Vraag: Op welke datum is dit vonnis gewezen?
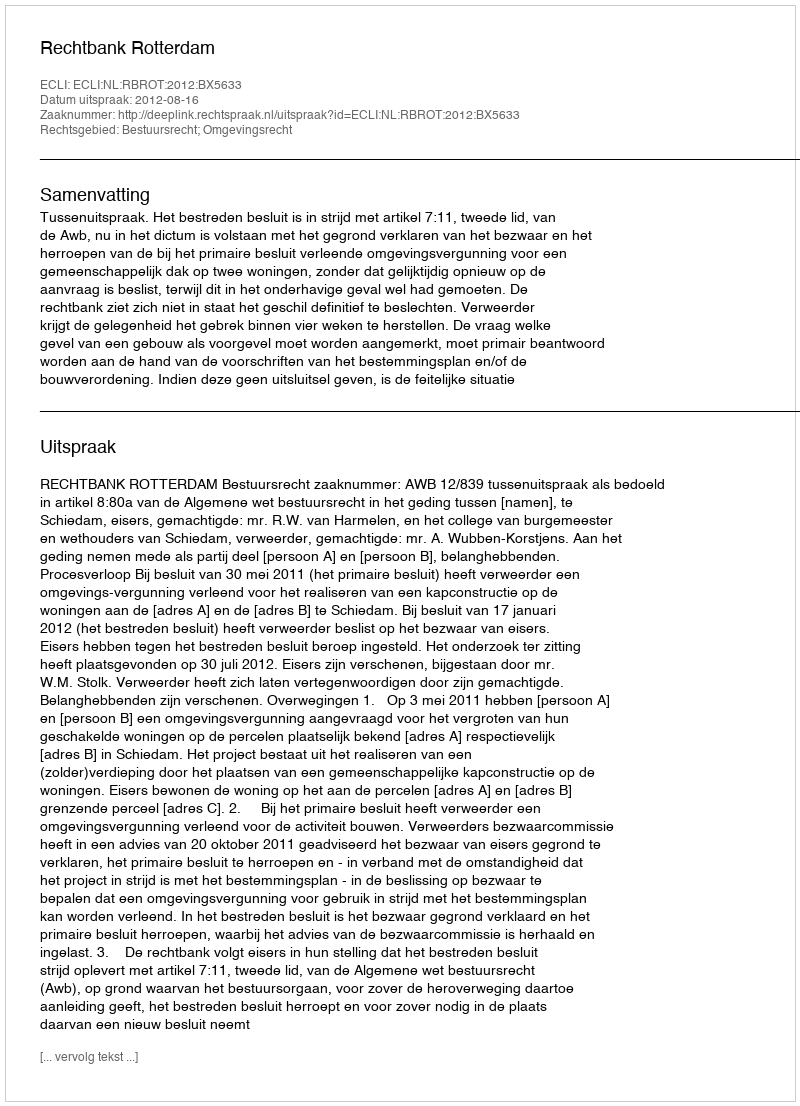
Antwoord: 2012-08-16